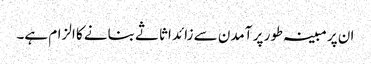
ان پر مبینہ طور پر آمدن سے زائد اثاثے بنانے کا الزام ہے۔